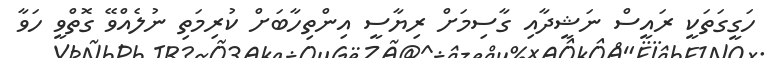
ހަގީގަތަކީ ރައީސް ނަޝީދާއި ގާސިމަށް ރިޔާސީ އިންތިހާބަށް ކުރިމަތި ނުލެއްވޭ ގޮތްވީ ހަވާ